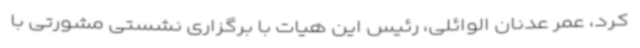
کرد، عمر عدنان الوائلی، رئیس این هیات با برگزاری نشستی مشورتی با